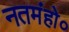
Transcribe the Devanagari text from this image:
नतमंहो०